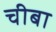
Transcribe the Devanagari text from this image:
चीबा